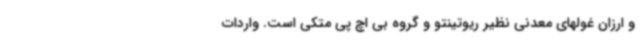
و ارزان غولهای معدنی نظیر ریوتینتو و گروه بی اچ پی متکی است. واردات